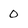
Character: 0